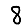
Digit: 8